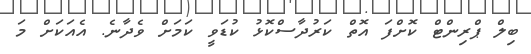
ބިލް ޕްރިންޓް ކޮށްފަ އޮތް ކަރުދާސްކޮޅު ކުޑަވީ ކަމަށް ވެދާނެ. އެއަކަށް މަަ